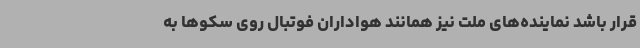
قرار باشد نماینده‌های ملت نیز همانند هواداران فوتبال روی سکوها به